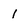
Character: 1